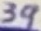
Text: 39